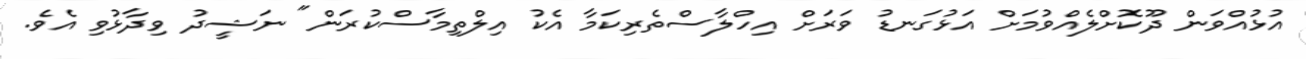
އުޅުއްވަން ދޫކޮށްލެއްވުމަށް އަޅުގަނޑު ވަރަށް އިހްލާސްތެރިކަމާ އެކު އިލްތިމާސްކުރަން" ނަޝީދު ވިދާޅުވި އެވެ.